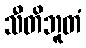
သီတိဘူတံ